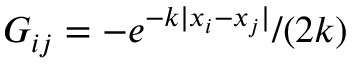
G _ { i j } = - e ^ { - k | x _ { i } - x _ { j } | } / ( 2 k )